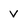
Character: v